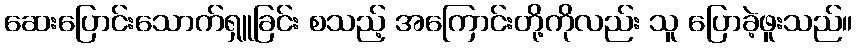
ဆေးပြောင်းသောက်ရှူခြင်း စသည့် အကြောင်းတို့ကိုလည်း သူ ပြောခဲ့ဖူးသည်။